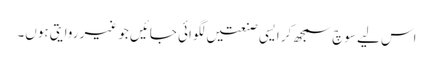
اس لیے سوچ سمجھ کر ایسی صنعتیں لگوائی جائیں جو غیر روایتی ہوں۔